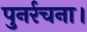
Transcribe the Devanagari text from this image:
पुनर्रचना।